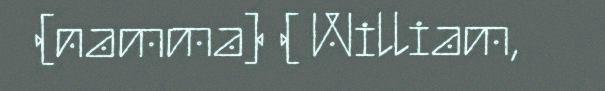
(namma) ( William,